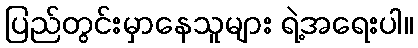
ပြည်တွင်းမှာနေသူများ ရဲ့အရေးပါ။